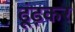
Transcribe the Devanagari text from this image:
ढूंढ़कर